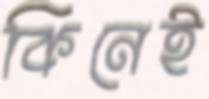
কিনেই